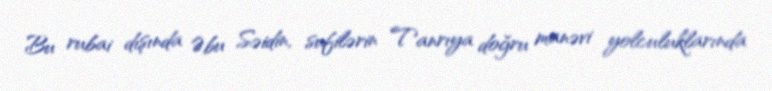
Bu rubai dışında Əbu Səidin, sufilərin Tanrıya doğru manəvi yolculuklarında